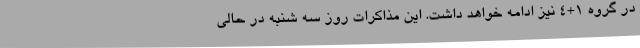
در گروه 1+4 نیز ادامه خواهد داشت. این مذاکرات روز سه شنبه در حالی